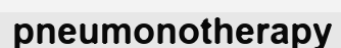
pneumonotherapy